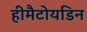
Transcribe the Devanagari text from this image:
हीमैटोयडिन